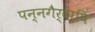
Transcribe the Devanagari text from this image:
पन्नगैर्वापि